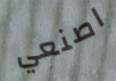
اصنعي